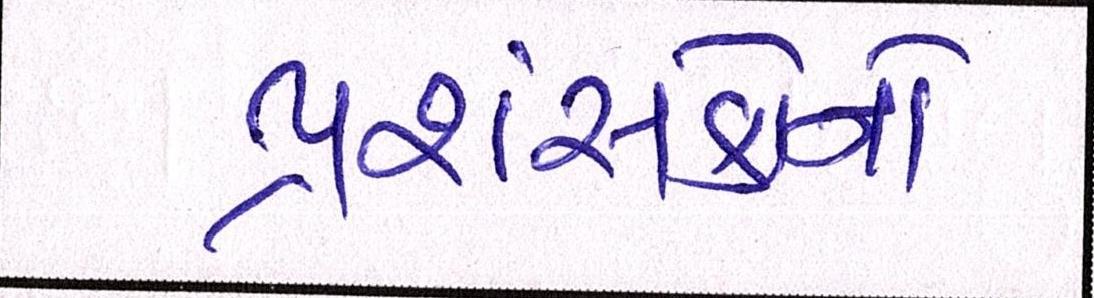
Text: પ્રશંસકોનો